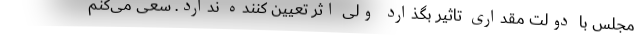
مجلس با دولت مقداری تاثیر بگذارد ولی اثر تعیین کننده ندارد. سعی می‌کنم